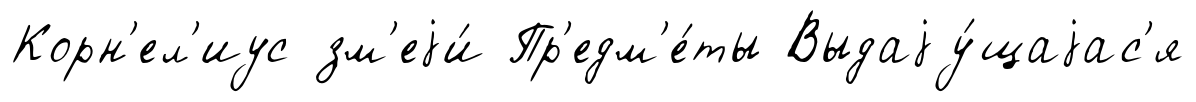
Корн'ел'иус зм'еjи́ Пр'едм'е́ты Выдаjу́щаjас'я